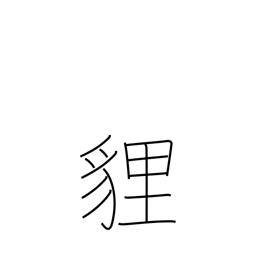
Meaning: a fox-like animal